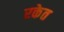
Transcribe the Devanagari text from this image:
रकेत